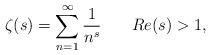
LaTeX: \begin{align*}\zeta(s)=\sum_{n=1}^{\infty}\frac{1}{n^{s}}\,\,\,\,\,\,\,\,\,\,\, Re(s)>1,\end{align*}